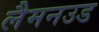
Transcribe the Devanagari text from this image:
लैमनउड